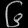
Digit: ၆